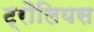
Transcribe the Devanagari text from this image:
ट्रौलियस